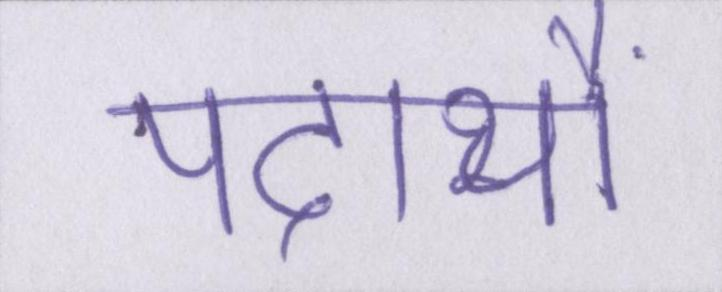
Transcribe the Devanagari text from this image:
पदार्थों